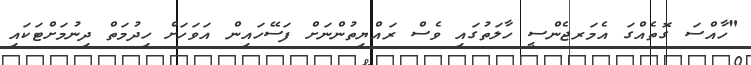
"ހާއްސަ ގޮތެއްގަ އެމަރޖެންސީ ހާލަތުގައި ވެސް ރައްޔިތުންނަށް ފަސޭހައިން އަވަހަށް ހިދުމަތް ދިނުމަށްޓަކައި